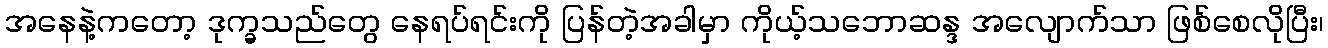
အနေနဲ့ကတော့ ဒုက္ခသည်တွေ နေရပ်ရင်းကို ပြန်တဲ့အခါမှာ ကိုယ့်သဘောဆန္ဒ အလျောက်သာ ဖြစ်စေလိုပြီး၊